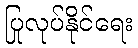
ပြုလုပ်နိုင်ရေး